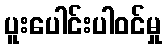
ပူးပေါင်းပါဝင်မှု